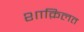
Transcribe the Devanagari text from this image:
शाक़िलत